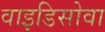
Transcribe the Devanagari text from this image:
वाइडिसोवा